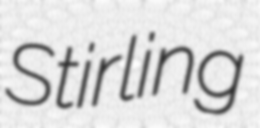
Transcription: Stirling